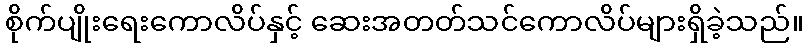
စိုက်ပျိုးရေးကောလိပ်နှင့် ဆေးအတတ်သင်ကောလိပ်များရှိခဲ့သည်။